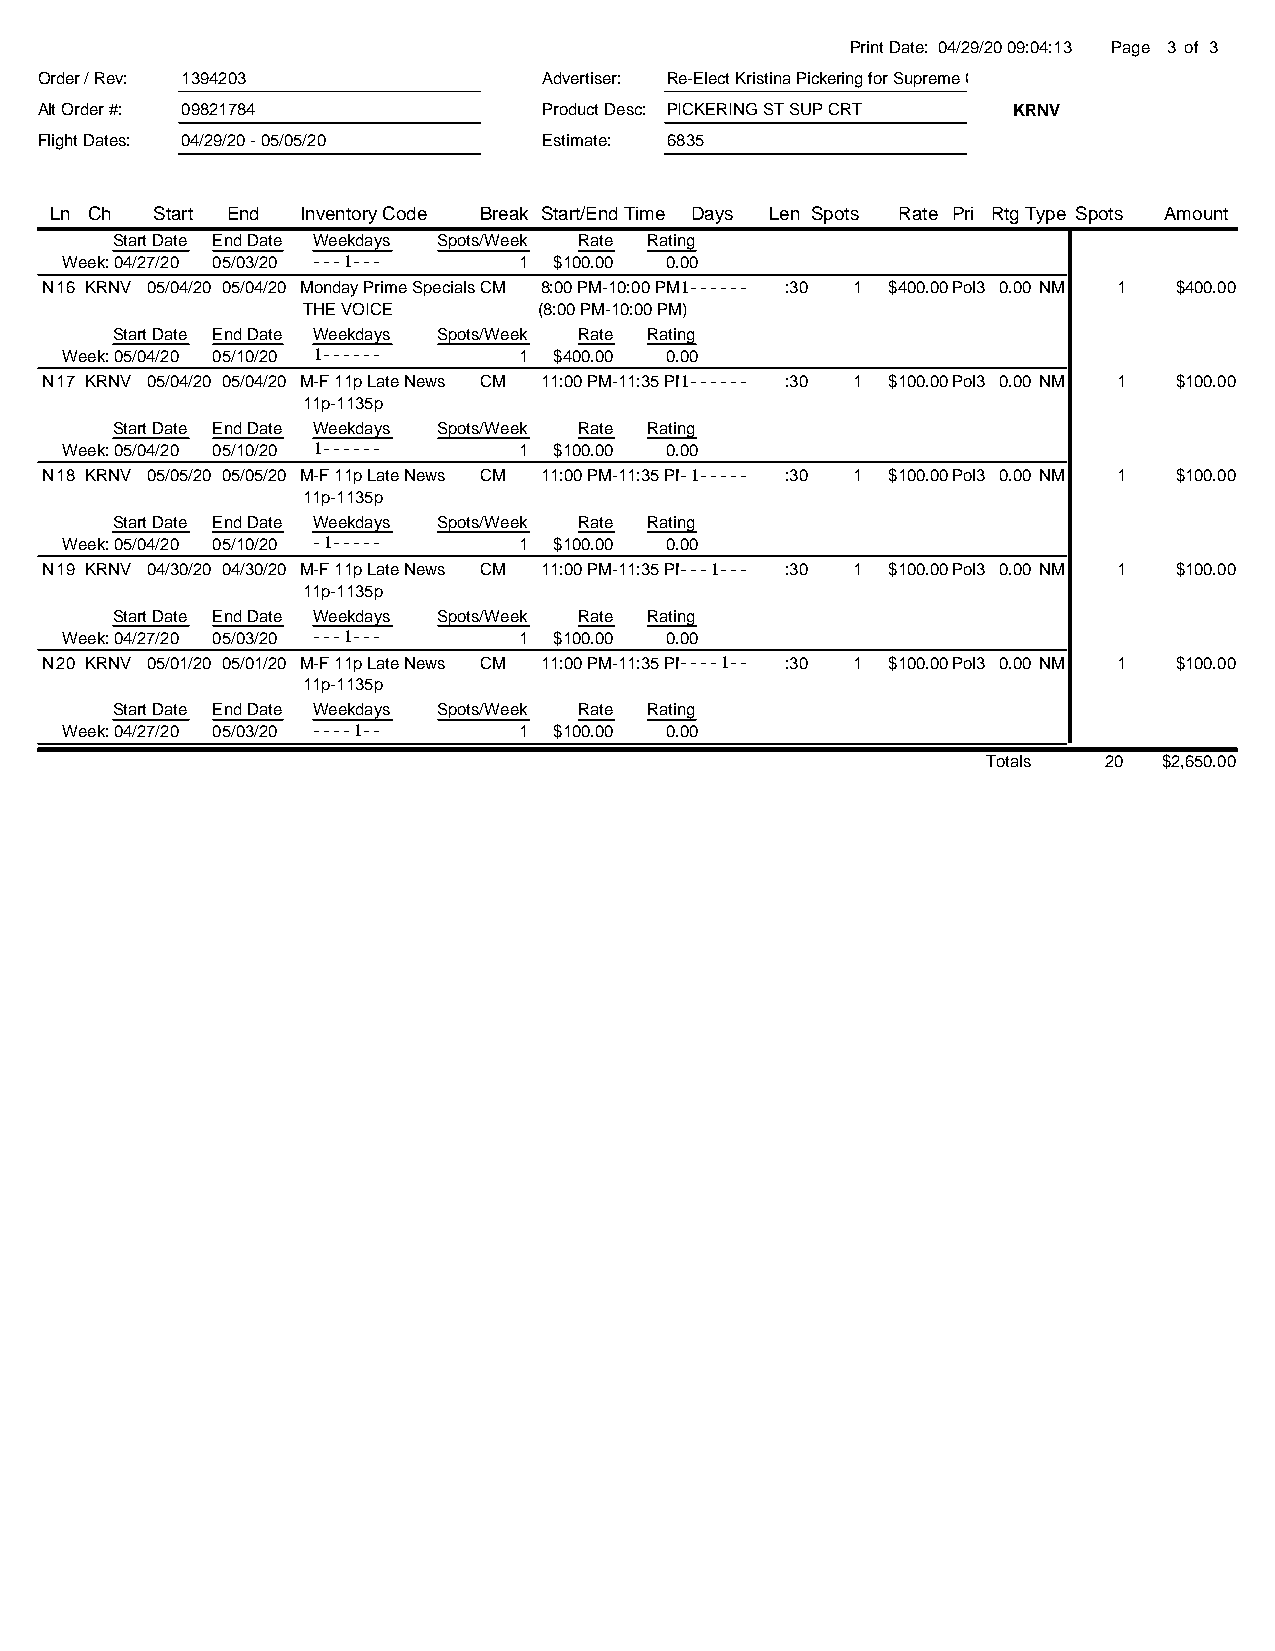
Print Date: 04/29/20 09:04:13 Page 3 of 3
 Order / Rev: 1394203              Advertiser: Re-Elect Kristina Pickering for Supreme Court-R
 Alt Order #: 09821784             Product Desc: PICKERING ST SUP CRT KRNV
 Flight Dates: 04/29/20 - 05/05/20 Estimate: 6835
 Ln Ch  Start End Inventory Code Break Start/End Time Days Len Spots Rate Pri RtgType Spots Amount
 Start Date End Date Weekdays Spots/Week Rate Rating
 Week: 04/27/20 05/03/20 ---1--- 1 $100.00 0.00
 N16 KRNV 05/04/20 05/04/20 Monday Prime SpecialsCM 8:00 PM-10:00 PM1------ :30 1 $400.00Pol3 0.00 NM 1 $400.00
 THE VOICE       (8:00 PM-10:00 PM)
 Start Date End Date Weekdays Spots/Week Rate Rating
 Week: 05/04/20 05/10/20 1------ 1 $400.00 0.00
 N17 KRNV 05/04/20 05/04/20 M-F 11p Late News CM 11:00 PM-11:35 PM1------ :30 1 $100.00Pol3 0.00 NM 1 $100.00
 11p-1135p
 Start Date End Date Weekdays Spots/Week Rate Rating
 Week: 05/04/20 05/10/20 1------ 1 $100.00 0.00
 N18 KRNV 05/05/20 05/05/20 M-F 11p Late News CM 11:00 PM-11:35 PM-1----- :30 1 $100.00Pol3 0.00 NM 1 $100.00
 11p-1135p
 Start Date End Date Weekdays Spots/Week Rate Rating
 Week: 05/04/20 05/10/20 -1----- 1 $100.00 0.00
 N19 KRNV 04/30/20 04/30/20 M-F 11p Late News CM 11:00 PM-11:35 PM---1--- :30 1 $100.00Pol3 0.00 NM 1 $100.00
 11p-1135p
 Start Date End Date Weekdays Spots/Week Rate Rating
 Week: 04/27/20 05/03/20 ---1--- 1 $100.00 0.00
 N20 KRNV 05/01/20 05/01/20 M-F 11p Late News CM 11:00 PM-11:35 PM----1-- :30 1 $100.00Pol3 0.00 NM 1 $100.00
 11p-1135p
 Start Date End Date Weekdays Spots/Week Rate Rating
 Week: 04/27/20 05/03/20 ----1-- 1 $100.00 0.00
 Totals  20  $2,650.00